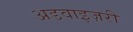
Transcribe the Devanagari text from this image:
अडवाइज़री